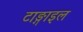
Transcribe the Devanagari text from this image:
टाङ्गाइल